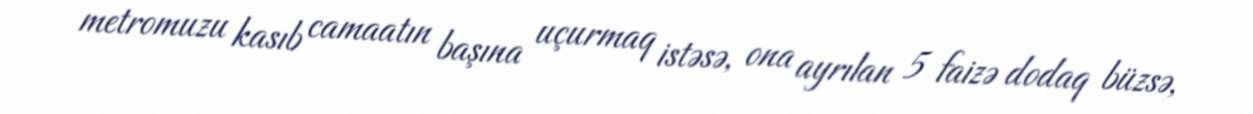
metromuzu kasıb camaatın başına uçurmaq istəsə, ona ayrılan 5 faizə dodaq büzsə,